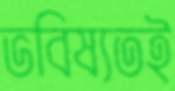
ভবিষ্যতই